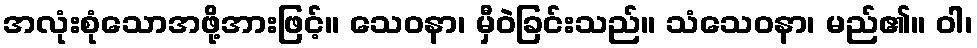
အလုံးစုံသောအဖို့အားဖြင့်။ သေဝနာ၊ မှီဝဲခြင်းသည်။ သံသေဝနာ၊ မည်၏။ ဝါ၊